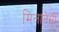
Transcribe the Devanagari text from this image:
मिलानेसी